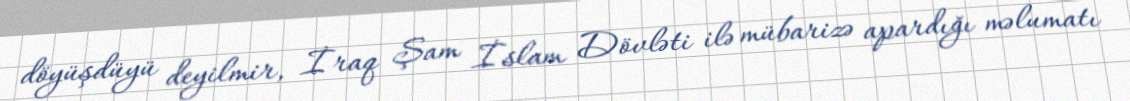
döyüşdüyü deyilmir, İraq Şam İslam Dövləti ilə mübarizə apardığı məlumatı